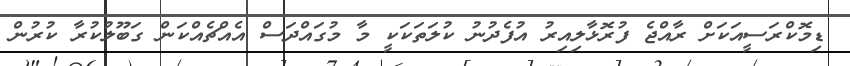
ޑިމޮކްރަސީއަކަށް ރާއްޖެ ފުރޮޅާލިއިރު އުފެދުނު ކުލަތަކަކީ މާ މުގައްދަސް އެއްޗެއްކަން ގަބޫލުކުރާ ކުރުން